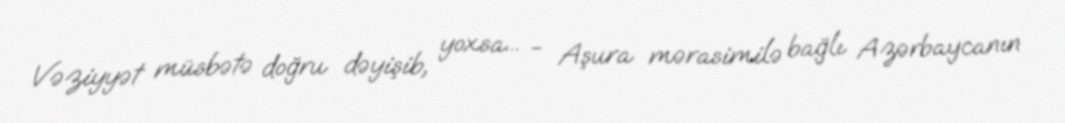
Vəziyyət müsbətə doğru dəyişib, yoxsa... - Aşura mərasimilə bağlı Azərbaycanın